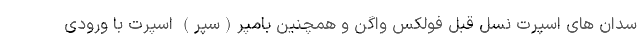
سدان های اسپرت نسل قبل فولکس واگن و همچنین بامپر(سپر) اسپرت با ورودی